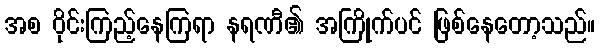
အစ ဝိုင်းကြည့်နေကြရာ နရဏီ၏ အကြိုက်ပင် ဖြစ်နေတော့သည်။